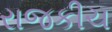
રાજકીચ